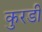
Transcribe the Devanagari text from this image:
कुरडी